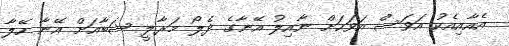
އެއާއިއެކު އަވަސް އަވަހަށް ނާއިލު އޭނާގެ ދެލޯ މަރާލީ ޝަބާއަށް އޭނާ ހޭލާ